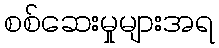
စစ်ဆေးမှုများအရ